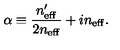
\alpha \equiv \frac { n _ { \mathrm { e f f } } ^ { \prime } } { 2 n _ { \mathrm { e f f } } } + i n _ { \mathrm { e f f } } .